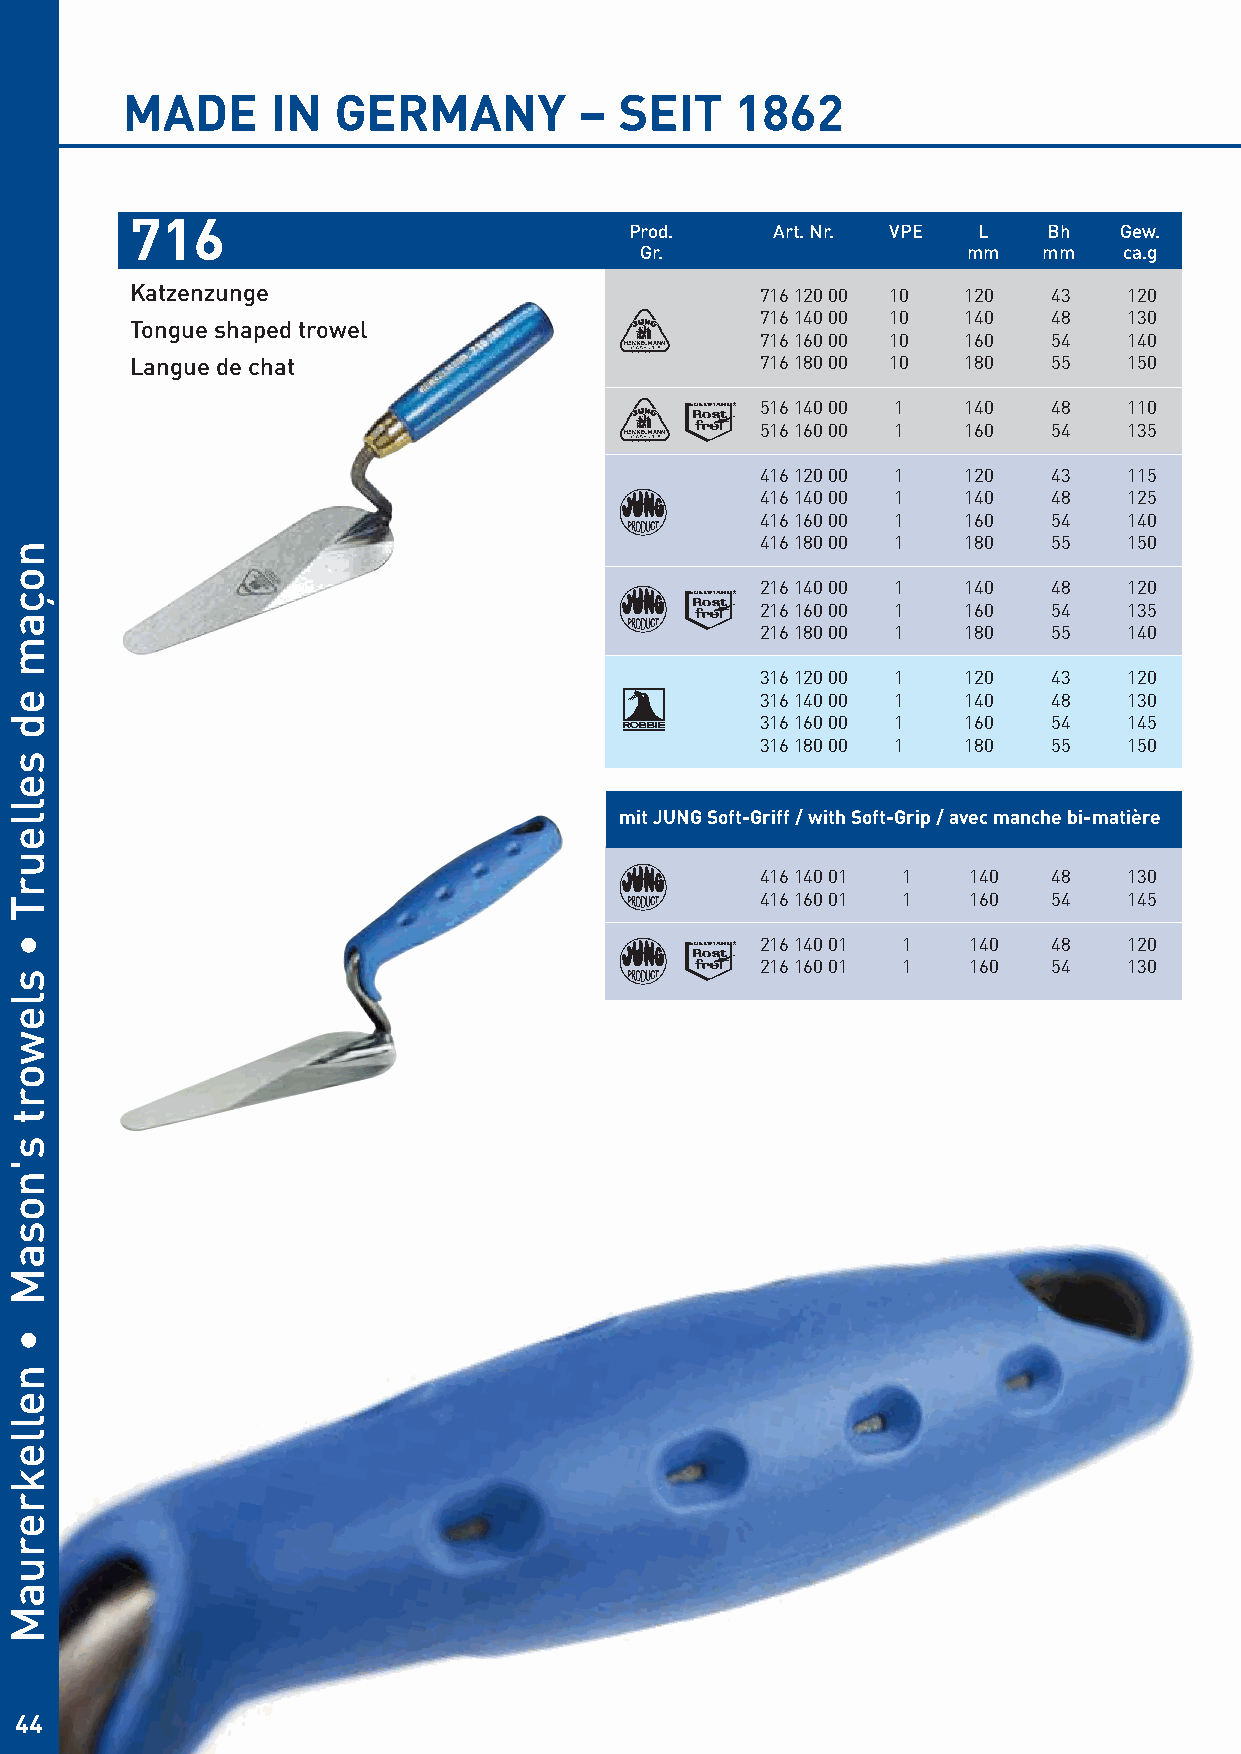
MADE      IN  GERMANY         –  SEIT    1862
 716
 Prod.    Art. Nr. VPE  L   Bh   Gew.
 Gr.                   mm   mm   ca.g
 Katzenzunge                              716 120 00 10 120   43   120
 716 140 00 10 140   48   130
 Tongue shaped trowel
 716 160 00 10 160   54   140
 Langue de chat                           716 180 00 10 180   55   150
 516 140 00 1  140   48   110
 516 160 00 1  160   54   135
 416 120 00 1  120   43   115
 416 140 00 1  140   48   125
 416 160 00 1  160   54   140
 416 180 00 1  180   55   150
 216 140 00 1  140   48   120
 216 160 00 1  160   54   135
 216 180 00 1  180   55   140
 316 120 00 1  120   43   120
 316 140 00 1  140   48   130
 316 160 00 1  160   54   145
 316 180 00 1  180   55   150
 mit JUNG Soft-Griff / with Soft-Grip / avec manche bi-matière
 416 140 01 1  140   48   130
 416 160 01 1  160   54   145
 216 140 01 1  140   48   120
 216 160 01 1  160   54   130
 44
 noçam
 ed
 selleurT
 •
 slewort
 s'nosaM
 •
 nellekreruaM